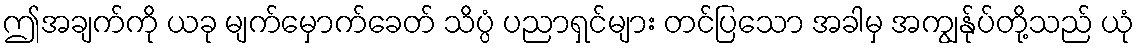
ဤအချက်ကို ယခု မျက်မှောက်ခေတ် သိပ္ပံ ပညာရှင်များ တင်ပြသော အခါမှ အကျွန်ုပ်တို့သည် ယုံ